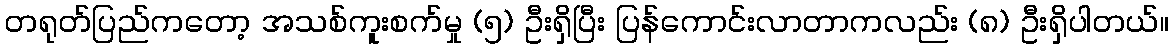
တရုတ်ပြည်ကတော့ အသစ်ကူးစက်မှု (၅) ဦးရှိပြီး ပြန်ကောင်းလာတာကလည်း (၈) ဦးရှိပါတယ်။